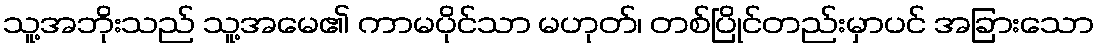
သူ့အဘိုးသည် သူ့အမေ၏ ကာမပိုင်သာ မဟုတ်၊ တစ်ပြိုင်တည်းမှာပင် အခြားသော